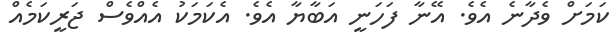
ކަމަށް ވެދާނެ އެވެ. އޭނާ ފަހަނީ އަބާޔާ އެވެ. އެކަމަކު އެއްވެސް ޖަރީކަމެއް